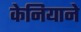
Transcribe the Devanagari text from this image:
केनियाने